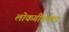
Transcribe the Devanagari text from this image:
लोकगीतकार